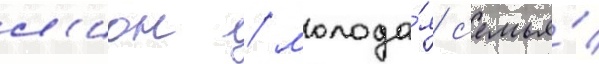
л'ион / молода́я с'емья́